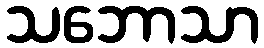
သဘောသာ